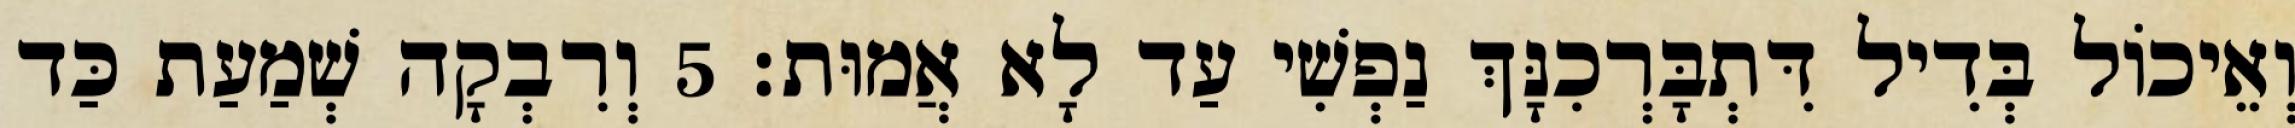
וְאֵיכוֹל בְּדִיל דִּתְבָּרְכִנָּךְ נַפְשִׁי עַד לָא אֲמוּת׃ 5 וְרִבְקָה שְׁמַעַת כַּד